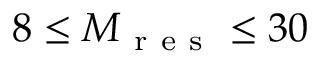
8 \leq M _ { \mathrm { ~ r ~ e ~ s ~ } } \leq 3 0